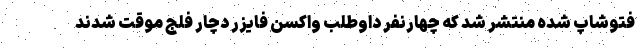
فتوشاپ شده منتشر شد که چهارنفر داوطلب واکسن فایزر دچار فلج موقت شدند